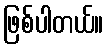
ဖြစ်ပါတယ်။